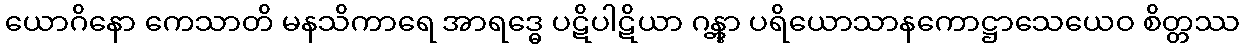
ယောဂိနော ကေသာတိ မနသိကာရေ အာရဒ္ဓေ ပဋိပါဋိယာ ဂန္တွာ ပရိယောသာနကောဋ္ဌာသေယေဝ စိတ္တဿ